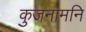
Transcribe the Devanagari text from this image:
कुजनामनि